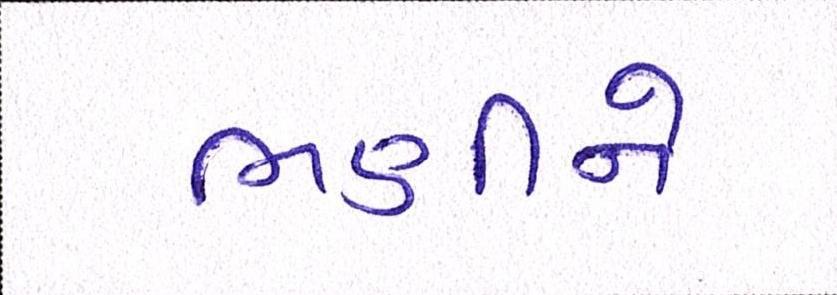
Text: ભણીને